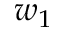
w _ { 1 }